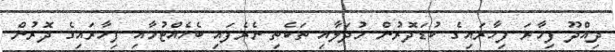
ދިއްދޫ ފިހާރަ ފިހާރައިގެ ކުޑަދޮރުން މުދަލާއި ތަކެތި ނެރެފައި ބެހެއްޓުމާއި ފިހާރައިގެ ދޮރުން